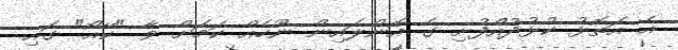
އެ އަތޮޅު ކުޅުދުއްފުށި ގެ އޮންލައިން ނޫހެއް ކަމަށް ވާ "ކޭއޯ" ގައި